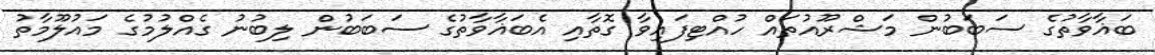
ބަޣާވާތުގެ ސަބަބުން މަޝްރޫއުތައް ހުއްޓިފައިވާ ގޮތާއި އެބަޣާވާތުގެ ސަބަބުން ލިބުނު ގެއްލުމުގެ މައުލޫމާތު